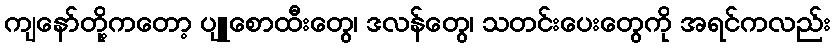
ကျနော်တို့ကတော့ ပျူစောထီးတွေ၊ ဒလန်တွေ၊ သတင်းပေးတွေကို အရင်ကလည်း